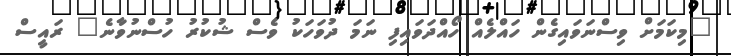
"މިކަމަށް ވިސްނަވައިގެން ހައްލެއް ހޯއްދަވައިފި ނަމަ ދުވަހަކު ވެސް ޝުކުރު ހުސްނުވާނެ" ރައީސް